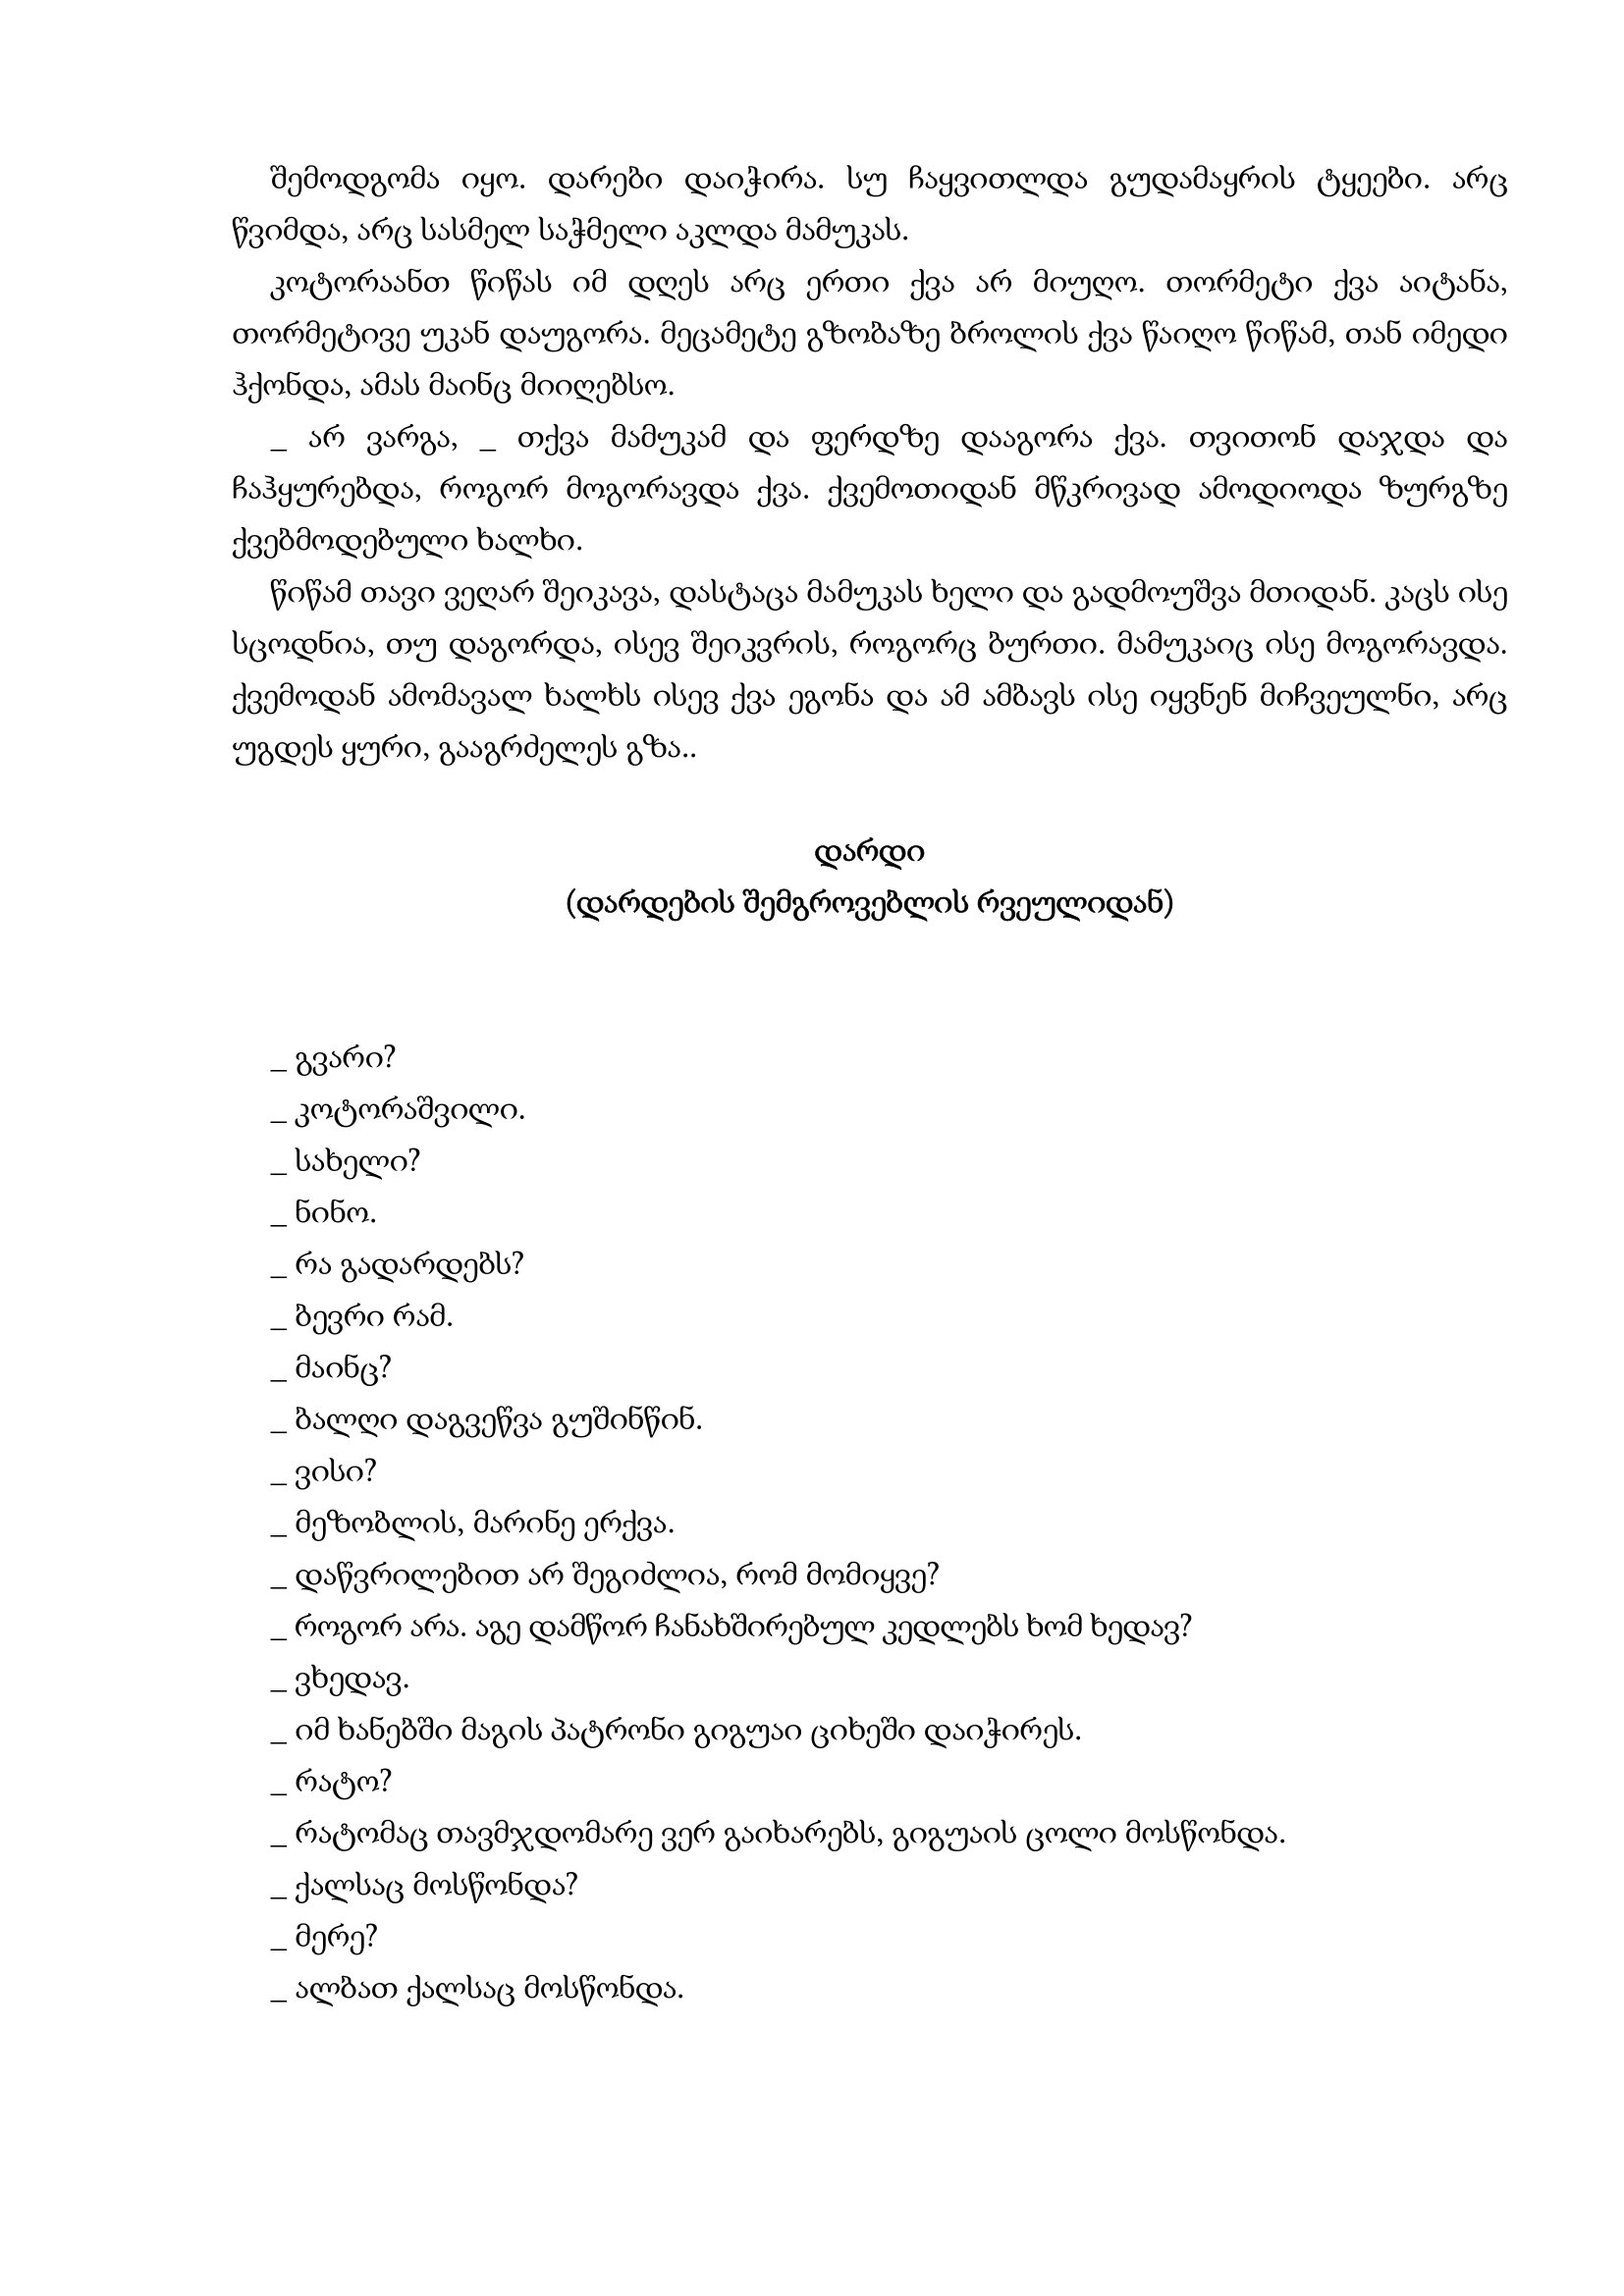
Language: gr